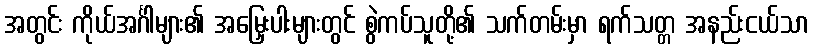
အတွင်း ကိုယ်အင်္ဂါများ၏ အမြှေးပါးများတွင် စွဲကပ်သူတို့၏ သက်တမ်းမှာ ရက်သတ္တ အနည်းငယ်သာ